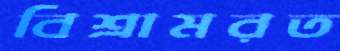
বিশ্রামরত